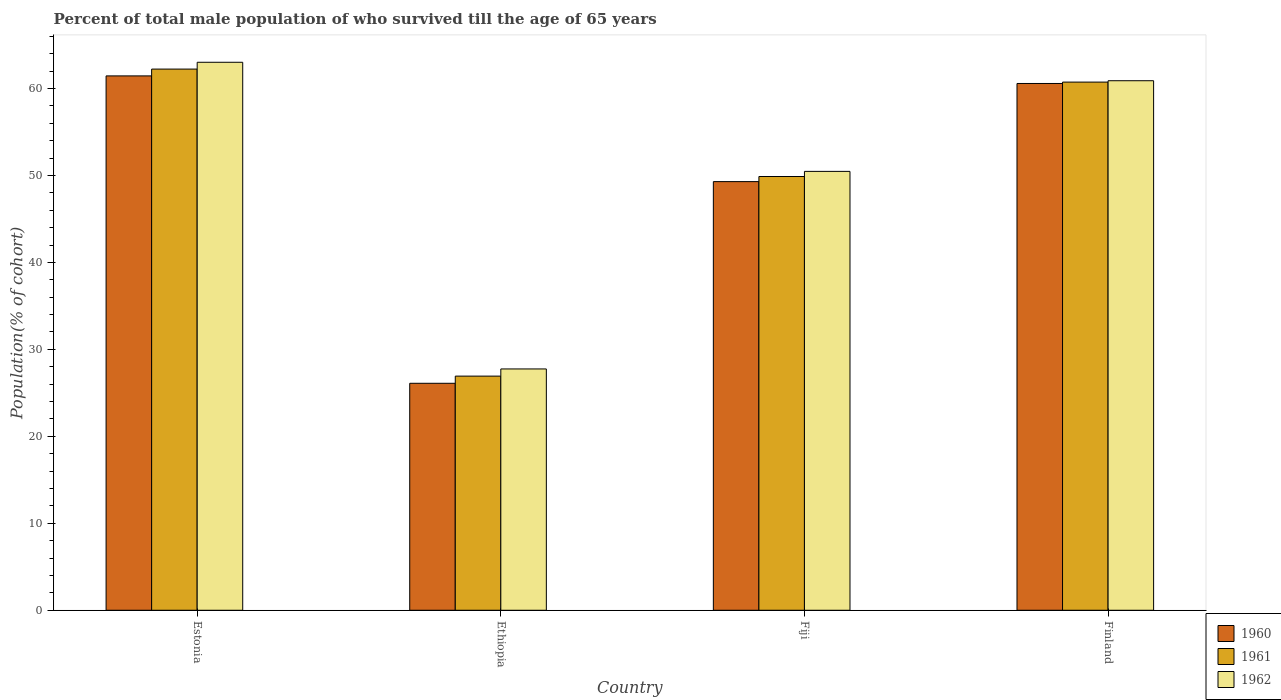
| Country | 1960 | 1961 | 1962 |
 | --- | --- | --- | --- |
 | Estonia | 61.4 | 62.2 | 63 |
 | Ethiopia | 26.1 | 26.9 | 27.7 |
 | Fiji | 49.3 | 49.9 | 50.5 |
 | Finland | 60.6 | 60.7 | 60.9 |